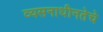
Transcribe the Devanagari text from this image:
व्यसनाधीनतेचे